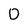
Character: D